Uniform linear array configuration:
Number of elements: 4
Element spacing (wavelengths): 0.5
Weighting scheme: binomial
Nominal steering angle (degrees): -15
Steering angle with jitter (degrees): -13.084
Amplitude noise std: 0.05
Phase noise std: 0.05

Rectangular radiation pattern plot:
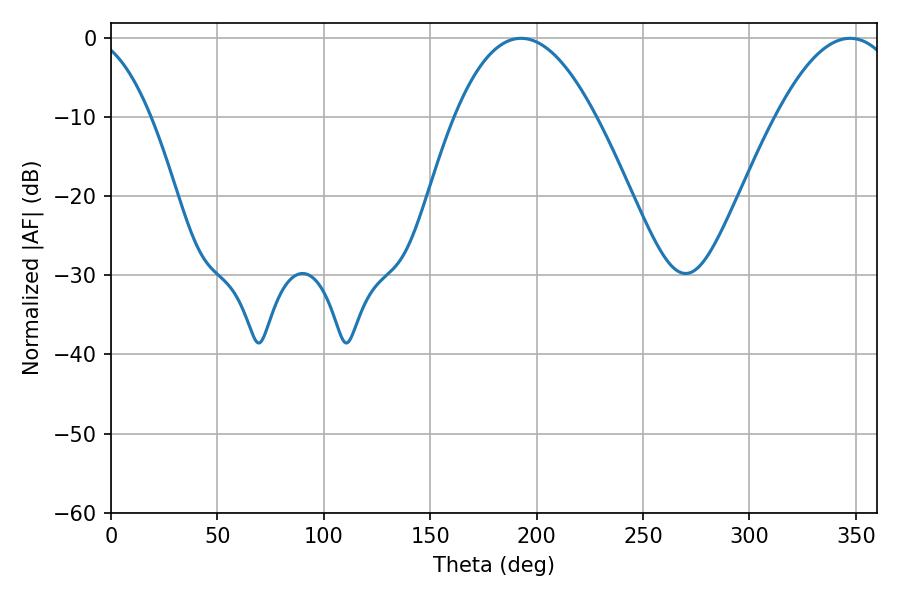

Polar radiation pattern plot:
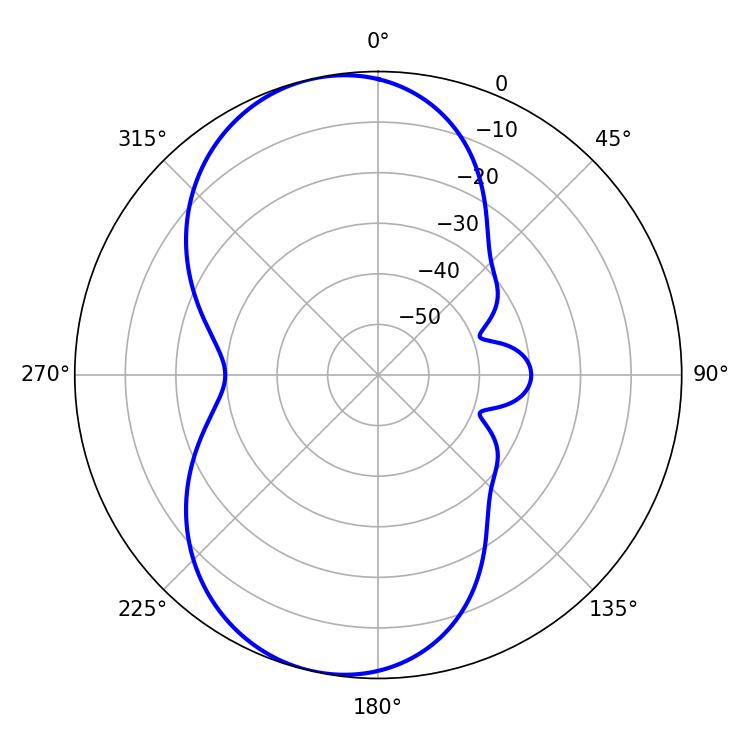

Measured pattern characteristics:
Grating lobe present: FALSE
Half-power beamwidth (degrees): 36.54
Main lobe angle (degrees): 192.6